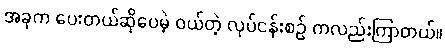
အခုက ပေးတယ်ဆိုပေမဲ့ ဝယ်တဲ့ လုပ်ငန်းစဉ် ကလည်းကြာတယ်။